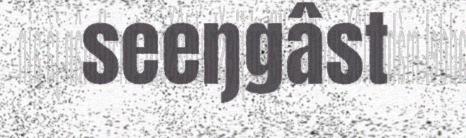
seeŋgâst